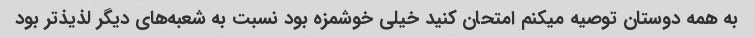
به همه دوستان توصیه میکنم امتحان کنید خیلی خوشمزه بود نسبت به شعبه‌های دیگر لذیذتر بود